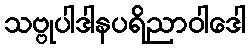
သဗ္ဗုပါဒါနပရိညာဝါဒေါ